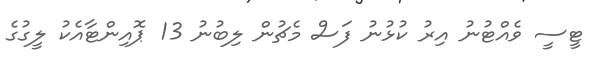
ޓީސީ ވެއްޓުނު އިރު ކުޅުނު ފަސް މެޗުން ލިބުނު 13 ޕޮއިންޓާއެކު ލީގުގެ